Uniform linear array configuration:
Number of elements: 12
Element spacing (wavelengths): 1
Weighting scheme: cosine
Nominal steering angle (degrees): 30
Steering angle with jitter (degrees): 31.731
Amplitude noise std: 0.05
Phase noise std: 0.05

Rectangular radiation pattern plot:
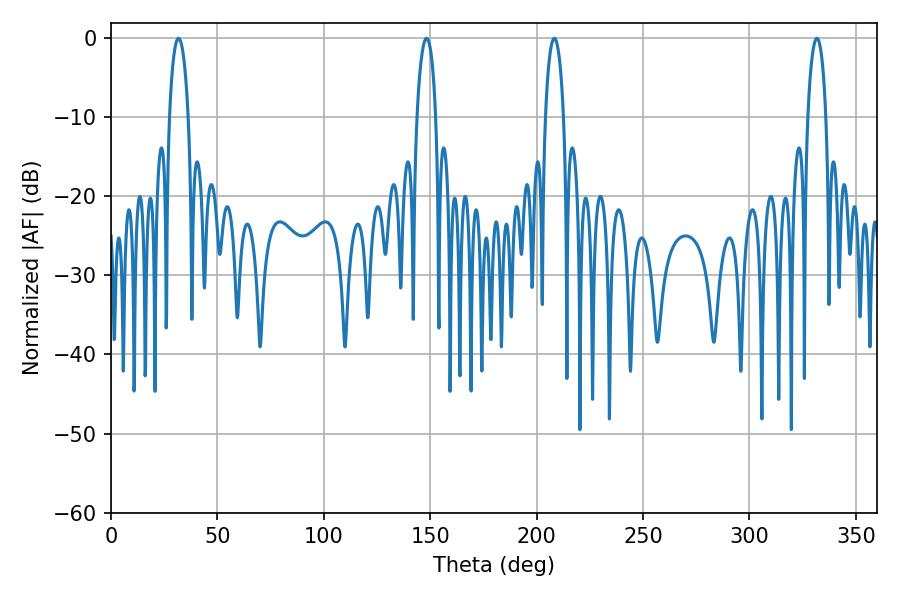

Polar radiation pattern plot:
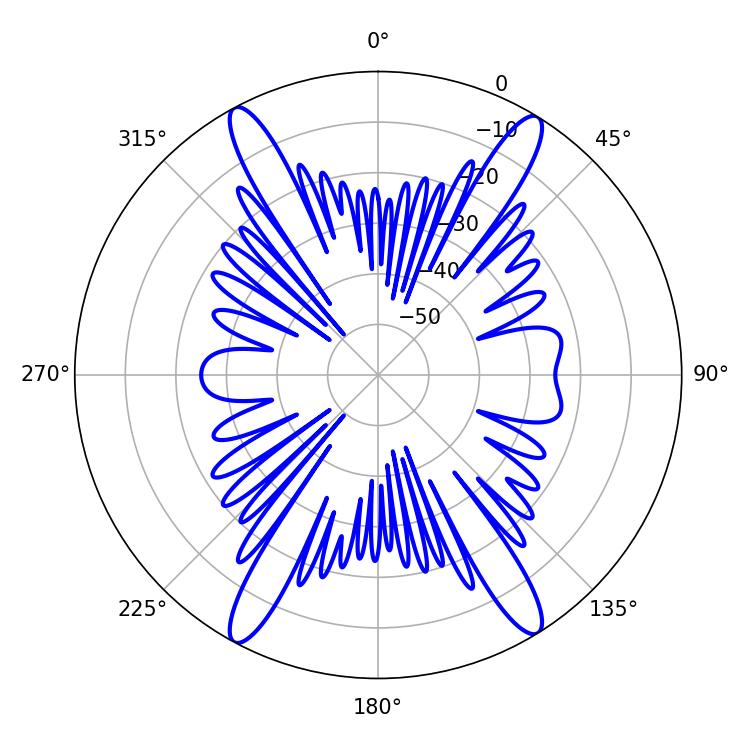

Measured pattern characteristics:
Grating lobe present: TRUE
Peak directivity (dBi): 21.549
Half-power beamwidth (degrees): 4.86
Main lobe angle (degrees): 31.68